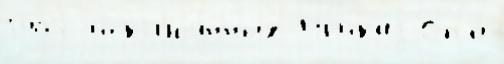
1907 искл'юч́нных Пр'ика́з Спб